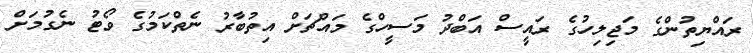
ރައްޔިތުންގެ މަޖިލިހުގެ ރައީސް އަބްދު މަސީހްގެ މައްޗަށް އިތުބާރު ނެތްކަމުގެ ވޯޓު ނެގުމަށް